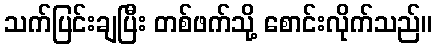
သက်ပြင်းချပြီး တစ်ဖက်သို့ စောင်းလိုက်သည်။